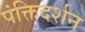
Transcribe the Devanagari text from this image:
पंक्तिदर्शन